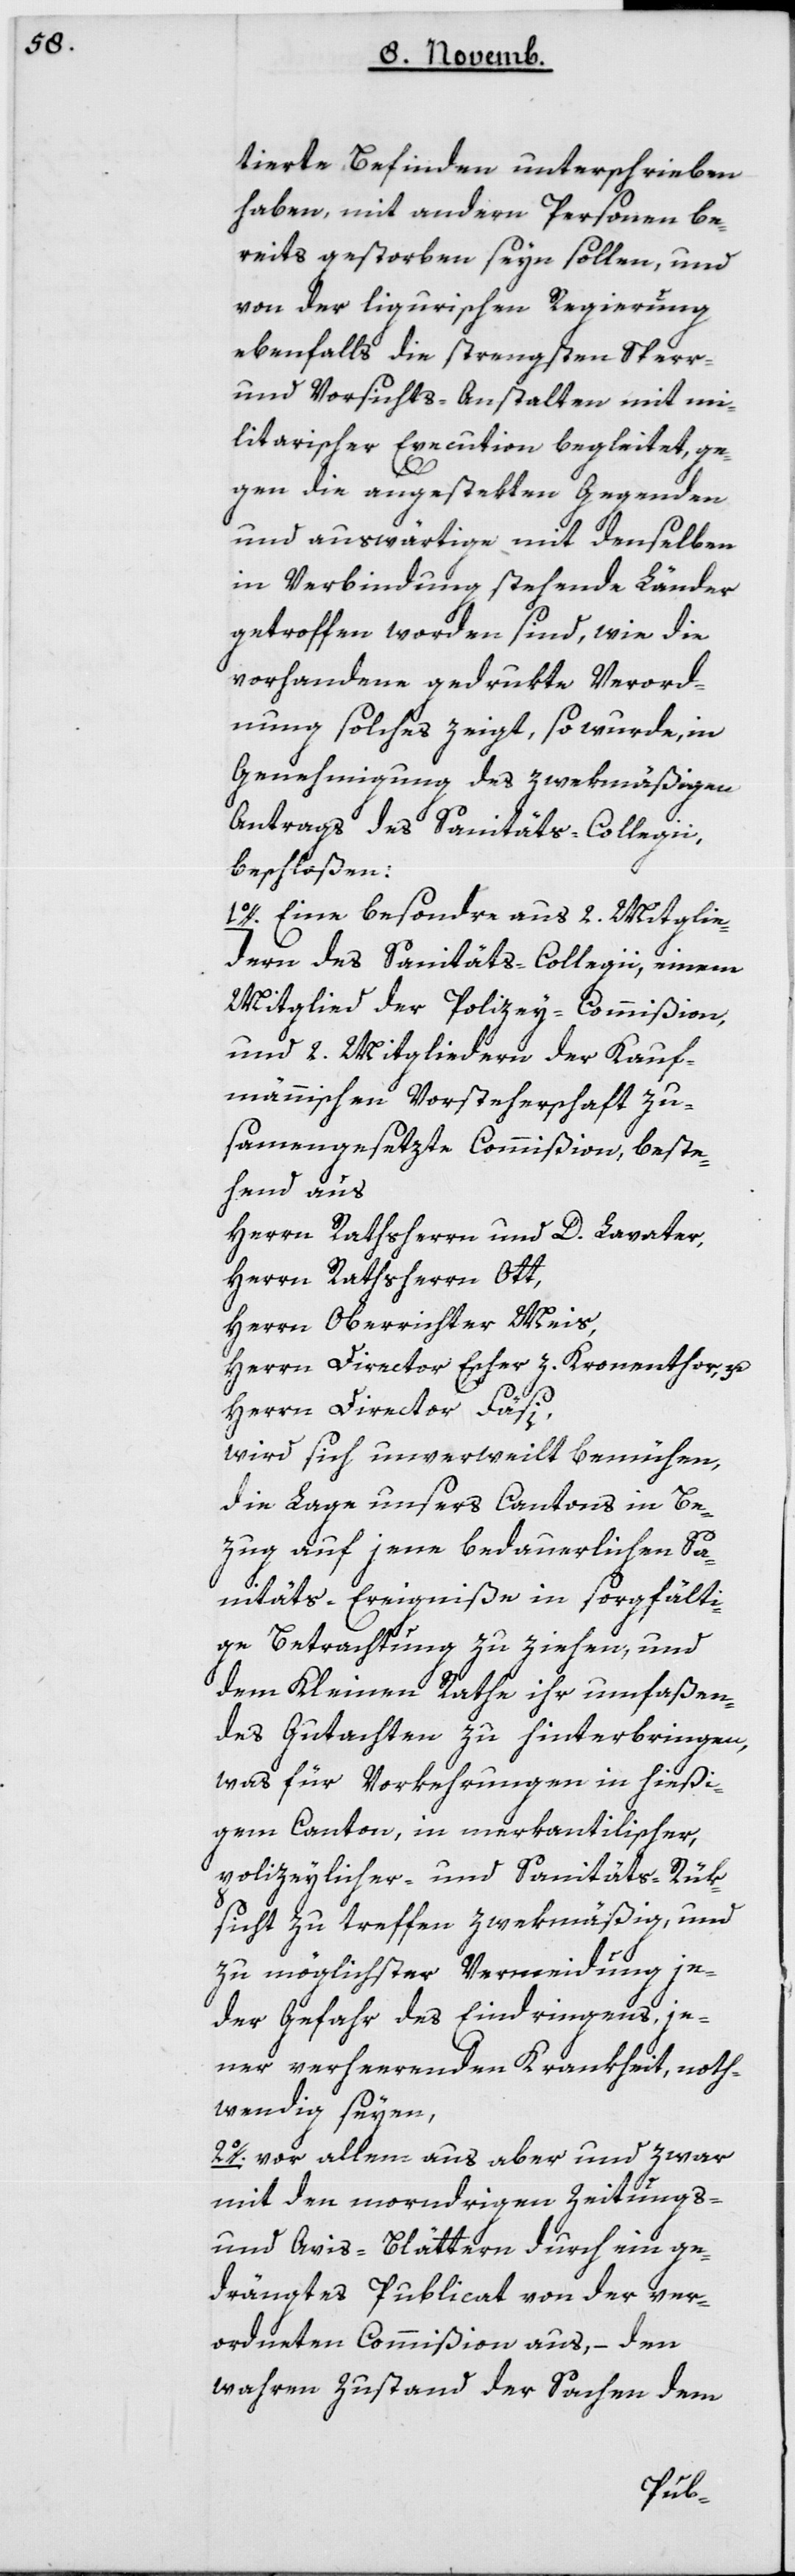
tierte Befinden unterschrieben
haben, mit andern Personen be¬
reits gestorben seyn sollen, und
von der ligurischen Regierung
ebenfalls die strengsten Sperr-
und Vorsichts-Anstalten mit mi¬
litairischer Execution begleitet, ge¬
gen die angestekten Gegenden
und auswärtige mit denselben
in Verbindung stehende Länder
getroffen worden sind, wie die
vorhandene gedrukte Verord¬
nung solches zeigt, so wurde, in
Genehmigung des zwekmäßigen
Antrags des Sanitäts-Collegii
beschloßen:
1. Eine besondere, 2 Mitglie¬
dern des Sanitäts-Collegii, einem
Mitglied der Polizey-Commißion,
und 2 Mitgliedern der kauf¬
männischen Vorsteherschaft zu¬
sammengesetzte Commißion, beste¬
hend aus
Herrn Rathsherrn und D. Lavater;
Herrn Rathsherrn Ott;
Herrn Oberrichter Meis;
Herrn Director Escher zum Kronentor;
Herrn Director Fäsi;
wird sich unverweilt bemühen,
die Lage unsers Cantons in Be¬
zug auf jene bedauerlichen Sa¬
nitäts-Ereigniße in sorgfälti¬
ge Betrachtung zu ziehen, und
dem Kleinen Rathe ihr umfaßen¬
des Gutachten zu hinterbringen,
was für Vorkehrungen in hießi¬
gem Canton, in merkantilischer,
polizeylicher und Sanitäts-Rük¬
sicht zu treffen, zwekmäßig und
zu möglichster Vermeidung je¬
der Gefahr des Eindringens, je¬
ner verheerenden Krankheit not¬
wendig seyen,
2. vor allem aus aber, und zwar
mit den morndrigen Zeitungs-
und Avis-Blättern, durch ein ge¬
drängtes Publicat von der ver¬
ordneten Commißion aus, – den
wahren Zustand der Sachen dem